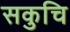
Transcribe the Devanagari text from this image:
सकुचि